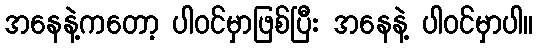
အနေနဲ့ကတော့ ပါဝင်မှာဖြစ်ပြီး အနေနဲ့ ပါဝင်မှာပါ။